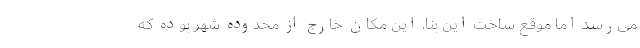
می‌رسد اما موقع ساخت این بنا، این مکان خارج از محدوده شهر بوده که